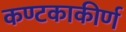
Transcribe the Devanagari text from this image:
कण्टकाकीर्ण